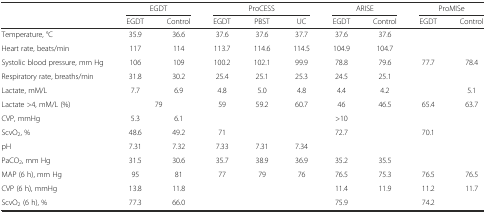
<table><thead><tr><td></td><td colspan="2"><b>EGDT</b></td><td colspan="3"><b>ProCESS</b></td><td colspan="2"><b>ARISE</b></td><td colspan="2"><b>ProMISe</b></td></tr><tr><td></td><td><b>EGDT</b></td><td><b>Control</b></td><td><b>EGDT</b></td><td><b>PBST</b></td><td><b>UC</b></td><td><b>EGDT</b></td><td><b>Control</b></td><td><b>EGDT</b></td><td><b>Control</b></td></tr></thead><tbody><tr><td>Temperature, °C</td><td>35.9</td><td>36.6</td><td>37.6</td><td>37.6</td><td>37.7</td><td>37.6</td><td>37.6</td><td></td><td></td></tr><tr><td>Heart rate, beats/min</td><td>117</td><td>114</td><td>113.7</td><td>114.6</td><td>114.5</td><td>104.9</td><td>104.7</td><td></td><td></td></tr><tr><td>Systolic blood pressure, mm Hg</td><td>106</td><td>109</td><td>100.2</td><td>102.1</td><td>99.9</td><td>78.8</td><td>79.6</td><td>77.7</td><td>78.4</td></tr><tr><td>Respiratory rate, breaths/min</td><td>31.8</td><td>30.2</td><td>25.4</td><td>25.1</td><td>25.3</td><td>24.5</td><td>25.1</td><td></td><td></td></tr><tr><td>Lactate, mM/L</td><td>7.7</td><td>6.9</td><td>4.8</td><td>5.0</td><td>4.8</td><td>4.4</td><td>4.2</td><td></td><td>5.1</td></tr><tr><td>Lactate &gt;4, mM/L (%)</td><td colspan="2">79</td><td>59</td><td>59.2</td><td>60.7</td><td>46</td><td>46.5</td><td>65.4</td><td>63.7</td></tr><tr><td>CVP, mmHg</td><td>5.3</td><td>6.1</td><td></td><td></td><td></td><td>&gt;10</td><td></td><td></td><td></td></tr><tr><td>ScvO<sub>2</sub>, %</td><td>48.6</td><td>49.2</td><td>71</td><td></td><td></td><td>72.7</td><td></td><td>70.1</td><td></td></tr><tr><td>pH</td><td>7.31</td><td>7.32</td><td>7.33</td><td>7.31</td><td>7.34</td><td></td><td></td><td></td><td></td></tr><tr><td>PaCO<sub>2</sub>, mm Hg</td><td>31.5</td><td>30.6</td><td>35.7</td><td>38.9</td><td>36.9</td><td>35.2</td><td>35.5</td><td></td><td></td></tr><tr><td>MAP (6 h), mm Hg</td><td>95</td><td>81</td><td>77</td><td>79</td><td>76</td><td>76.5</td><td>75.3</td><td>76.5</td><td>76.5</td></tr><tr><td>CVP (6 h), mmHg</td><td>13.8</td><td>11.8</td><td></td><td></td><td></td><td>11.4</td><td>11.9</td><td>11.2</td><td>11.7</td></tr><tr><td>ScvO<sub>2</sub> (6 h), %</td><td>77.3</td><td>66.0</td><td></td><td></td><td></td><td>75.9</td><td></td><td>74.2</td><td></td></tr></tbody></table>